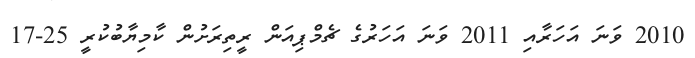
2010 ވަނަ އަހަރާއި 2011 ވަނަ އަހަރުގެ ޗެމްޕިއަން ރީތިރަށުން ކާމިޔާބުކުރީ 25-17